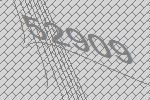
52909